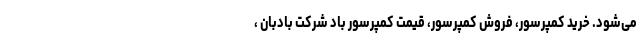
می‌شود. خرید کمپرسور، فروش کمپرسور، قیمت کمپرسور باد شرکت بادبان ،